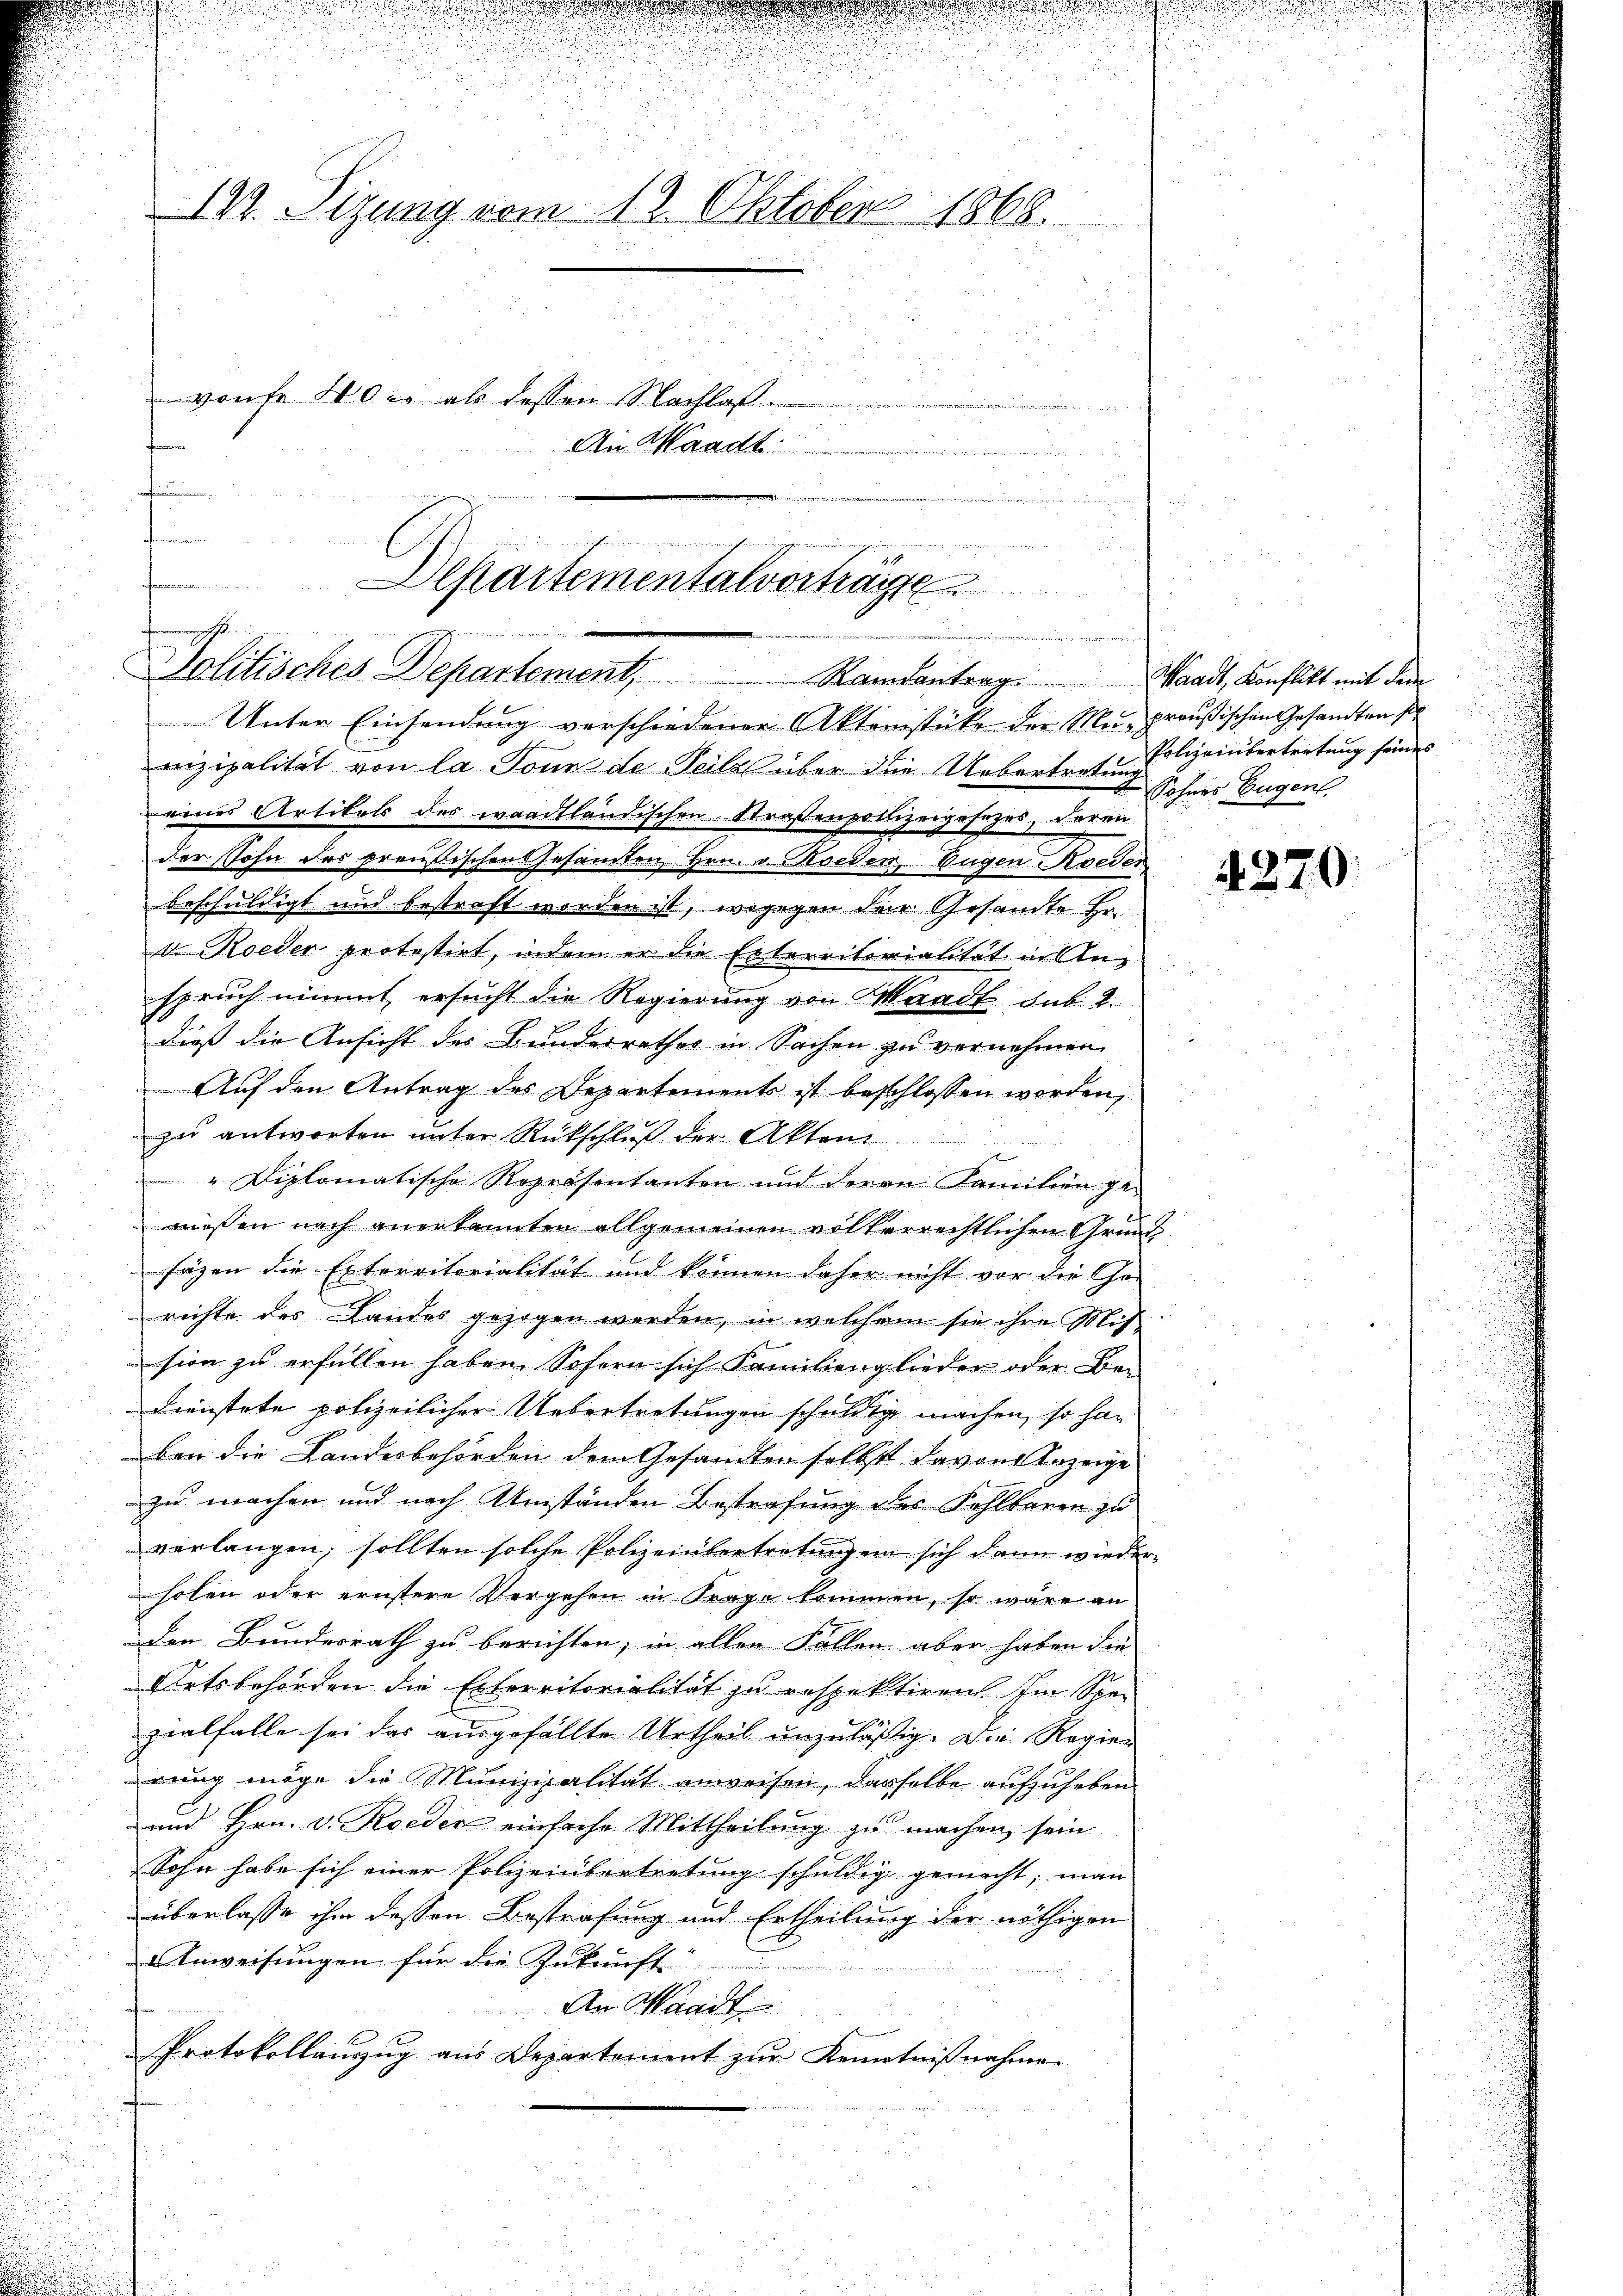
e

122. Sizung vom 12. Oktober 1868.
vonte 400. als dessen Nachlaf
An Waadt:

d
Alkartementalvorträge
machtungen
E
.
Solitisches Departement, Randentrag. Waadt, Konflikt mit dem

Unter Einsendung verschiedener Aktenstüke der Me-preußischen Gesandten sie
nizipalität von la Ponn de Teilz über die Uebertretung schnes Eugen.
eines Artikels des waadtländischen Straßenpolizeigesetzes, deren
der Sohn des prentischen Gesamten Hrn. v. Roeden, Eugen Koeder
beschuldigt und bestraft worden ist, wogegen der Gesandte Hr.
de Roeder protestirt, indem er die Erterritorialität in Anspruch nimmt ersucht die Regierung von Waadt sub. 2.
dieß die Ansicht des Bundesrathes in Sachen zu vernehmen.
Auf den Antrag des Departements ist beschlossen worden,
zu antworten unter Rückschluß der Akten
d
"Diplomatische Repräsentanten und deren Familien ge-
wiesen nach anerkannten allgemeinen völkerrechtlichen Grund
sägen die Exterritorialität und können daher nicht vor die Ge-
richte des Landes gezogen werden, in welchem sie ihre Mission zu erfüllen haben. Sofern sich Familienglieder oder Be-
Dienstete polizeilicher Uebertretungen schuldig machen, so ha
ben die Landesbehörden dem Gesandten selbst davon Anzeige
zu machen und nach Umständen Bestrafung des Fehlbaren zu
verlangen, sollten solche Polizeiübertretung ein sich dann wiederholen oder ernstere Vergehen in Frage kommen, so wäre an
den Bundesrath zu berichten, in allen Follen aber haben die
Ortsbehörden die Exterritorialität zu respektiren. Im Spe-
zialfalle sei das ausgefällte Urtheil unzuläßig. Die Regier
rung möge die Munizipalität anweisen, derselbe aufzuheben
und Hrn. v. Roeden einfache Mittheilung zu machen, sein
Sohn habe sich einer Polizeinbertretung schuldig gemacht; man
überlasse ihm dessen Bestrafung und Ertheilung der nöthigen
Anweisungen für die Zukunft
a
An Waadt
Protokollanzŭg ans Departement zŭr Kenntniβnahme
u

4270.

Polizeiübertretung seines

.